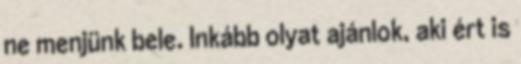
ne menjünk bele. Inkább olyat ajánlok, aki ért is